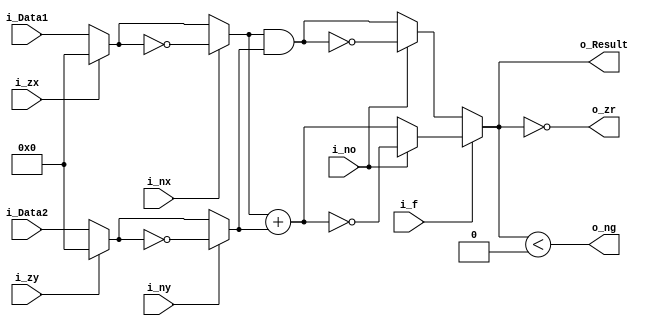
module ALU #(
    parameter DATA_WIDTH = 16,
    parameter ADDR_WIDTH = 16
) (
    input signed [DATA_WIDTH-1:0] i_Data1,
    input signed [DATA_WIDTH-1:0] i_Data2,
    input                         i_zx,
    input                         i_nx,
    input                         i_zy,
    input                         i_ny,
    input                         i_f,
    input                         i_no,

    output signed [DATA_WIDTH-1:0] o_Result,
    output o_zr,
    output o_ng
);

  wire [DATA_WIDTH-1:0] w_X, w_Y, w_tempX, w_tempY;


  assign w_tempX = i_zx ? 0 : i_Data1;
  assign w_tempY = i_zy ? 0 : i_Data2;
  assign w_X = i_nx ? ~w_tempX : w_tempX;
  assign w_Y = i_ny ? ~w_tempY : w_tempY;

  assign o_Result= (i_f)?
      (i_no)? ~(w_X + w_Y):(w_X + w_Y):
      (i_no)? ~(w_X & w_Y):(w_X & w_Y);
  assign o_zr = (o_Result == 0);
  assign o_ng = (o_Result < 0);
endmodule